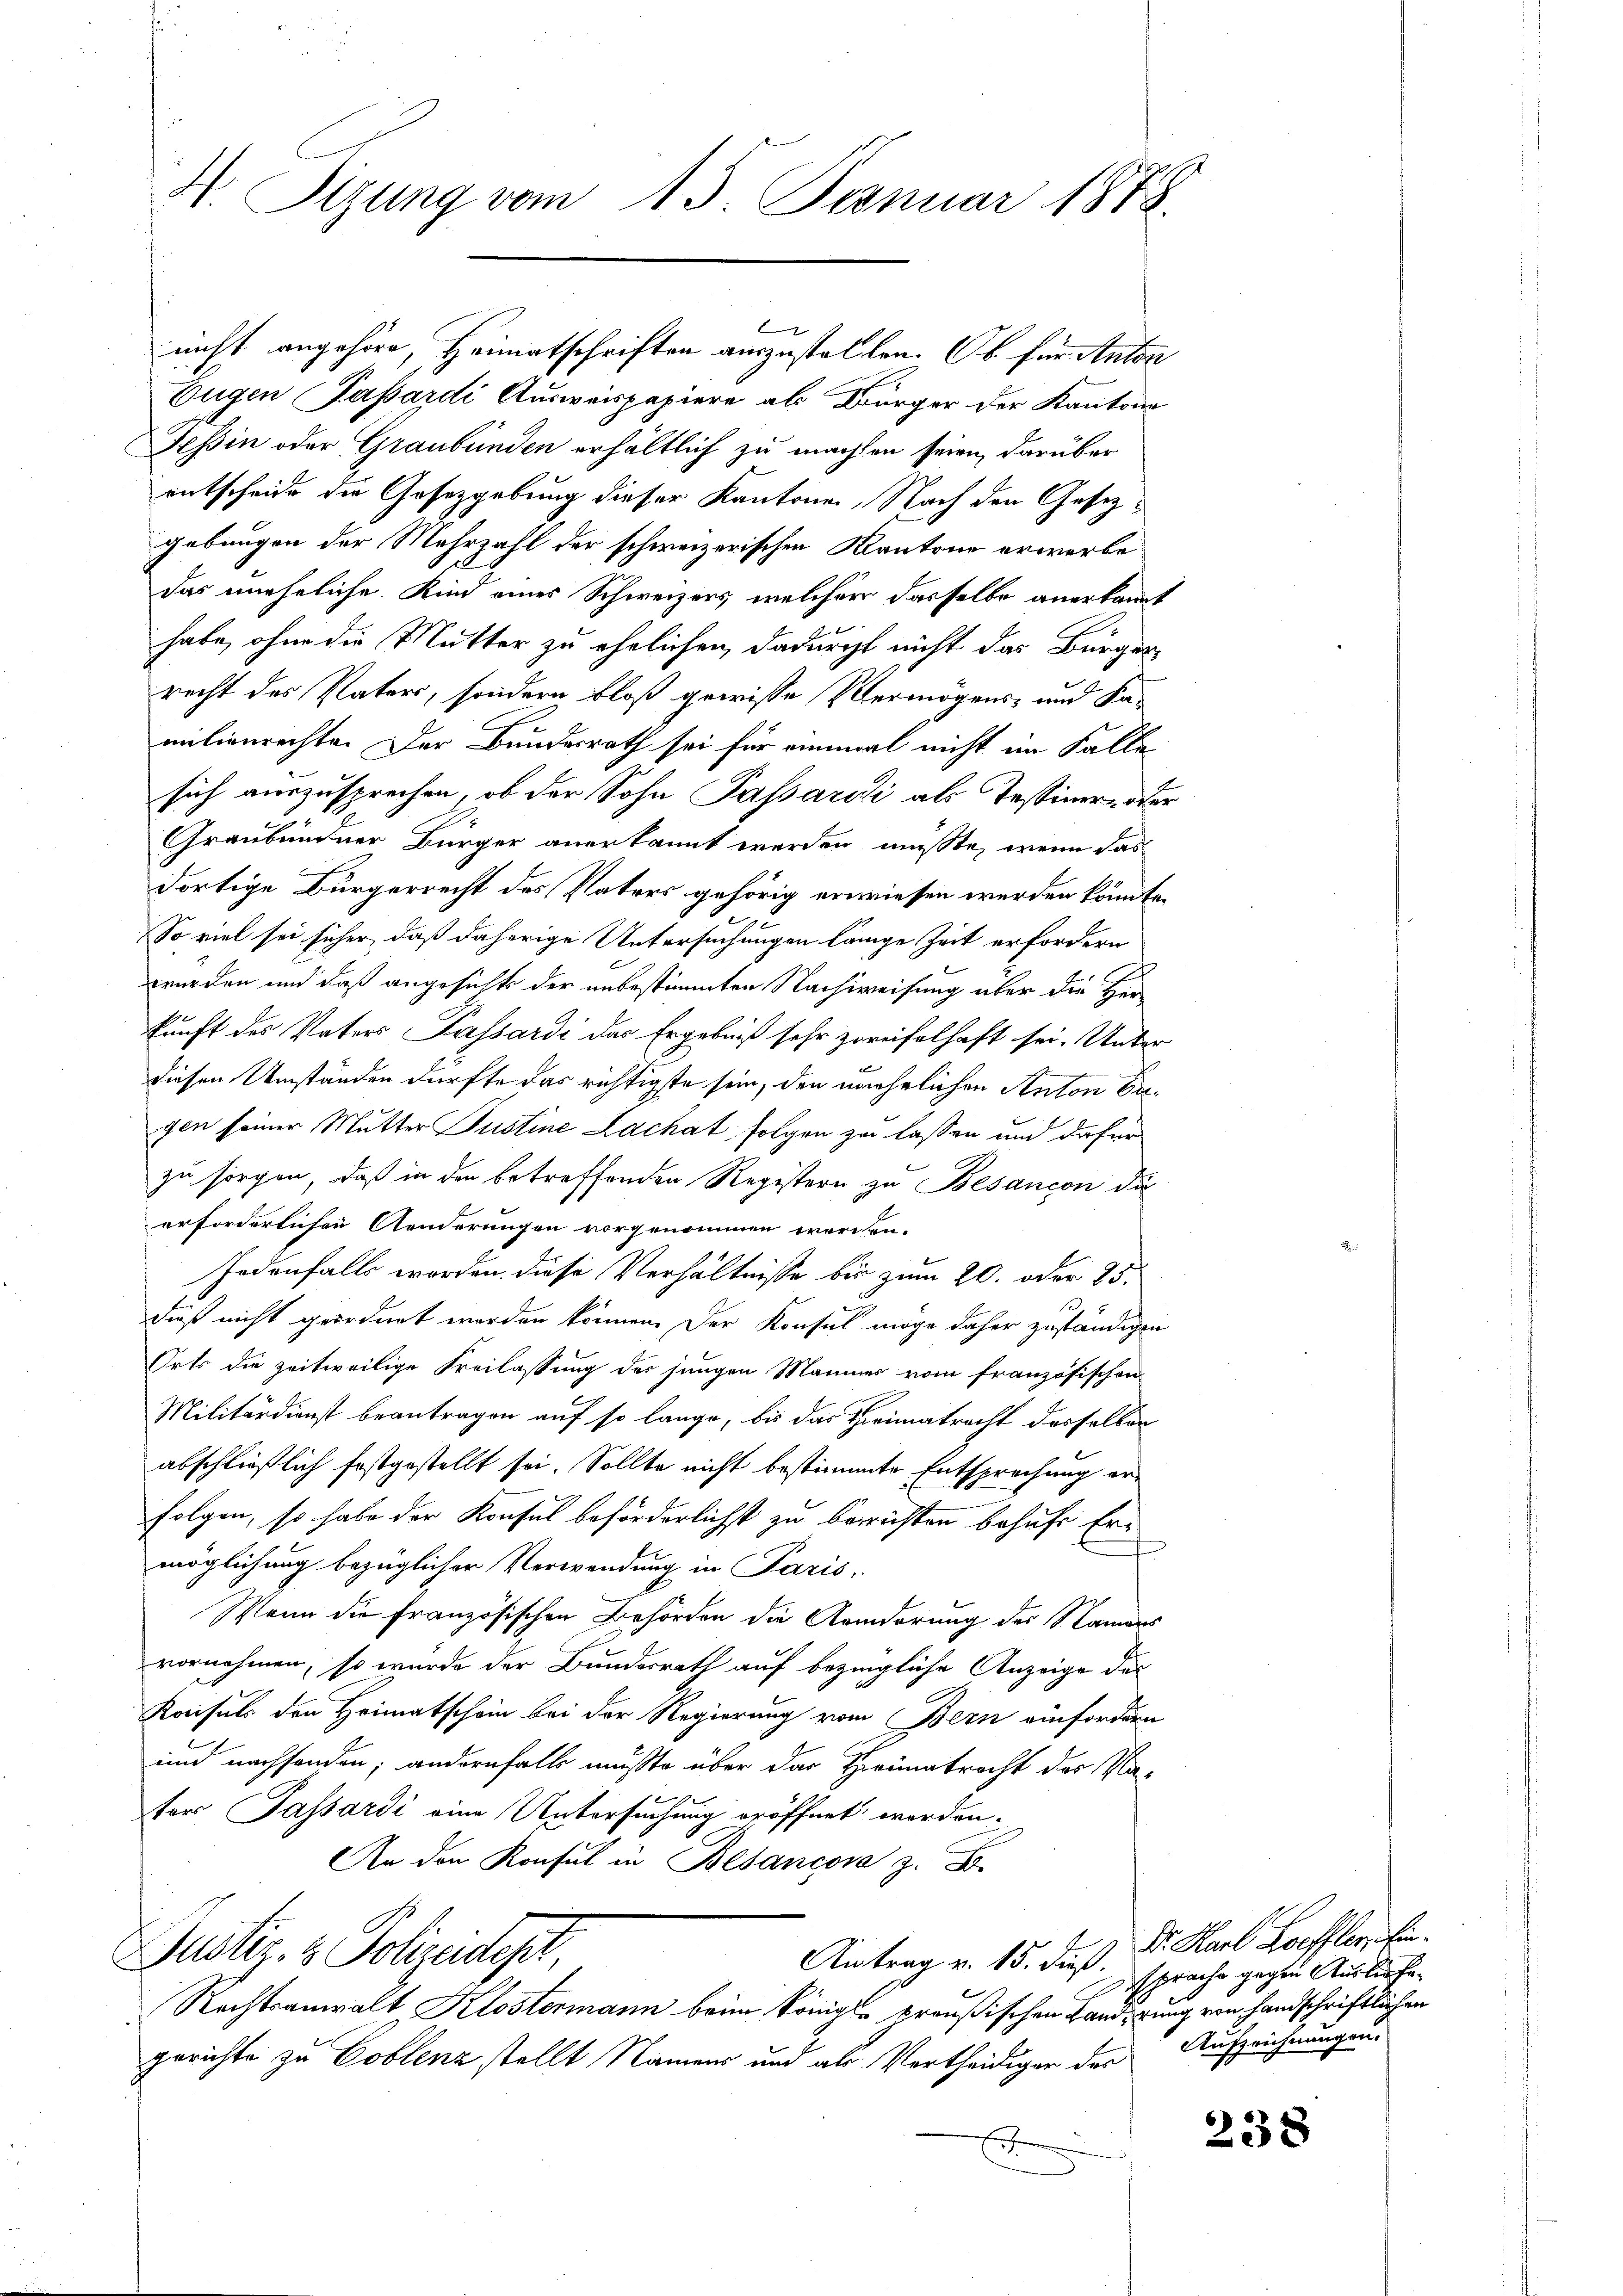
Eugen Passardi Ausweispapiere als Bürger der Kantons
Tessin oder Graubünden erhältlich zu machen seien, darüber
entscheide die Gesetzgebung dieser Kantonen, Nach den Gesezgebungen der Mehrzahl der schweizerischen Kantone erwerbe
das uneheliche Kind eines Schweizers, welcher dasselbe anerkannt
habe, ohne die Mutter zu ehelichen, dadurcht nicht das Bürger
recht des Vaters, sondern bloß gewisse Vermögens- und Kamitienrechte. Der Bundesrath sei für einmal nicht im Falle
sich auszusprechen, ob der Sohn Passaroli als Testinen ode
Graubündner Bürger anerkannt werden müßte, wenn das
dortige Bürgerrecht des Vaters gehörig erwiesen werden könnte.
So viel sei sicher, daß daherige Untersuchungen länge Zeit erfordern
wurden und daß angesichts der unbestimmten Nachweisung über die Herkunft des Vaters Passardi das Ergebniß sehr zweifelhaft sei. Unter
diesen Umständen dürfte das richtigste sein, den unehelichen Anton Ergen seiner Mutter Justine Lachat folgen zu lassen und dafür
zu sorgen, daß in den betreffenden Registern zu Besançon du
erforderlichen Aenderungen vorgenommen werden.
Jedenfalls worden. Diese Verhältnisse bis zum 20. oder 25.
dieß nicht geordnet werden können. Der Konsul möge daher zuständigen
Orts die zeitweilige Freilassung der jungen Männer vom französischen
Militärdienst beantragen auf so lange, bis das Theimatracht desselben
abschließlich festgestellt sei. Sollte nicht bestimmte Entsprechung erfolgen, so habe der Konsul beförderlichst zu berichten behufs Ermöglichung bezüglicher Verwendung in Paris.
Wenn die französischen Behörden die Anderung des Namens
vornehmen, so wurde der Bundesrath auf bezingliche Anzeige des
Konsuls den Heimatschein bei der Regierung vom Bern einfordern
und nachsenden; andernfalls musste über das Heimatrecht der Va-
ter Passardi eine Untersuchung eröffnet worden.
An den Konsul in Besancore z. B.
Justiz- & Polizeidest
Antrag v. 15. dieß sprache gegen Auslieben
Rechtsanwalt Klostermann beim Königl. preußischen Landerung von Handschriftlichen
gerichte zu Coblenz stellt Namens und als Vertheidiger der Aufzeichnungen
E.

H. Tigung vom 15. Januar 1848.

nicht angehöre, Heimatschriften auszustellen. Ob für Anton

Dr. Karl Loeffler, Ein¬

u

238